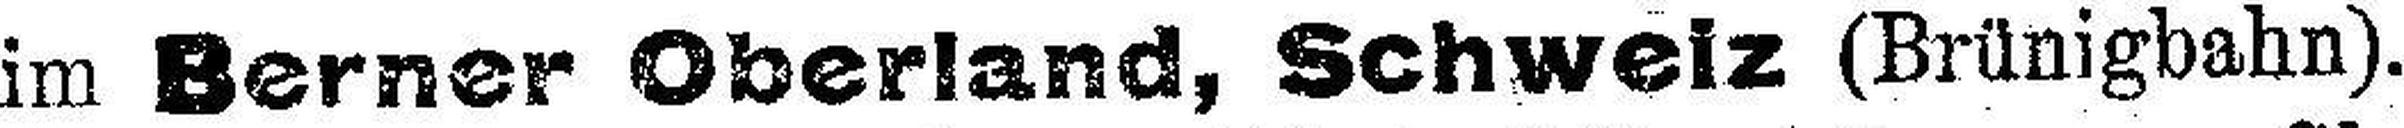
im Berner Oberland, Schweiz (Brünigbahn).